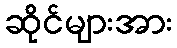
ဆိုင်များအား